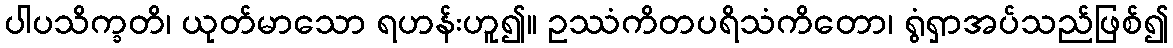
ပါပသိက္ခတိ၊ ယုတ်မာသော ရဟန်းဟူ၍။ ဥဿံကိတပရိသံကိတော၊ ရွံရှာအပ်သည်ဖြစ်၍